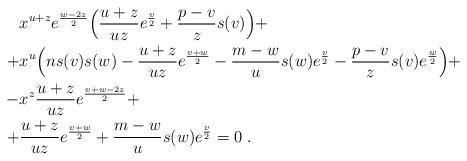
LaTeX: \begin{align*}&x^{u+z} e^{w-2z\over2}\Big({u+z\over uz} e^{v\over2}+{p-v\over z}s(v)\Big)+ \cr+&x^{u}\Big(ns(v)s(w)-{u+z\over uz}e^{v+w\over2}-{m-w\over u}s(w)e^{v\over2}-{p-v\over z} s(v) e^{w\over2}\Big)+ \cr-&x^{z} {u+z\over uz}e^{v+w-2z\over2} + \cr+&{u+z\over uz}e^{v+w\over2}+{m-w\over u}s(w) e^{v\over2}=0 \ .\end{align*}